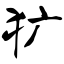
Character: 犷